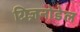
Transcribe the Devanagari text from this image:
ग्रिज़नोडेल